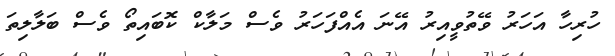
ހުރިހާ އަހަރު ވޭތުވީއިރު އޭނަ އެއްފަހަރު ވެސް މަލާކް ކޮބައިތޯ ވެސް ބަލާލިތަ